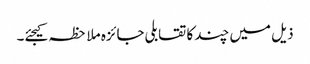
ذیل میں چند کا تقابلی جائزہ ملاحظہ کیجئے۔